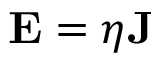
{ \bf { E } } = \eta { \bf { J } }